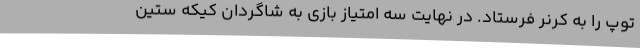
توپ را به کرنر فرستاد. در نهایت سه امتیاز بازی به شاگردان کیکه ستین